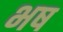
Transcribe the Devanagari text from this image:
भष